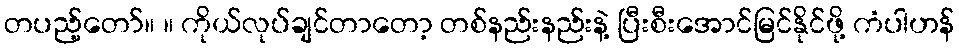
တပည့်တော်။ ။ ကိုယ်လုပ်ချင်တာတော့ တစ်နည်းနည်းနဲ့ ပြီးစီးအောင်မြင်နိုင်ဖို့ ကံပါဟန်